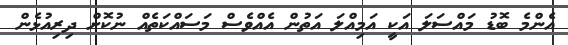
އެންމެ ބޮޑު މައްސަލަ އަކީ އަމިއްލަ އަތުން އެއްވެސް މަސައްކަތެއް ނުކޮށް ދިރިއުޅެން